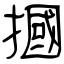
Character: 摑